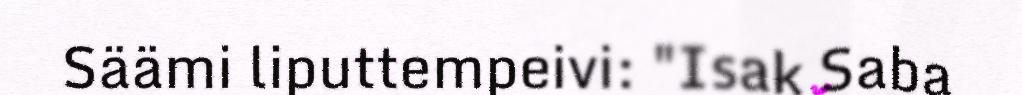
Säämi liputtempeivi: "Isak Saba